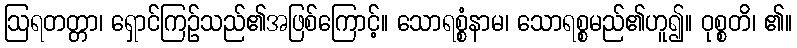
ဩရတတ္တာ၊ ရှောင်ကြဉ်သည်၏အဖြစ်ကြောင့်။ သောရစ္စံနာမ၊ သောရစ္စမည်၏ဟူ၍။ ဝုစ္စတိ၊ ၏။